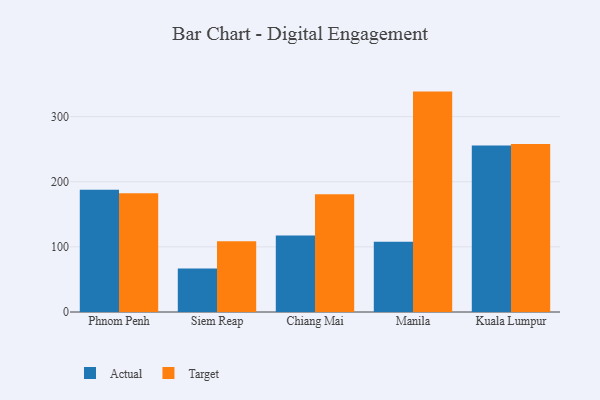
{"axis": {"x": "City", "y": "Churn Rate (%)"}, "legend": ["Actual", "Target"], "data": [{"x": "Phnom Penh", "y": 187.7, "type": "Actual"}, {"x": "Phnom Penh", "y": 182.5, "type": "Target"}, {"x": "Siem Reap", "y": 66.6, "type": "Actual"}, {"x": "Siem Reap", "y": 108.6, "type": "Target"}, {"x": "Chiang Mai", "y": 117.4, "type": "Actual"}, {"x": "Chiang Mai", "y": 180.8, "type": "Target"}, {"x": "Manila", "y": 108.0, "type": "Actual"}, {"x": "Manila", "y": 338.4, "type": "Target"}, {"x": "Kuala Lumpur", "y": 255.7, "type": "Actual"}, {"x": "Kuala Lumpur", "y": 258.0, "type": "Target"}]}